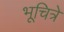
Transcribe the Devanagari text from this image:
भूचित्रे